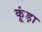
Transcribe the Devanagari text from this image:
कूंड़ा